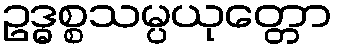
ဥဒ္ဓစ္စသမ္ပယုတ္တော